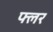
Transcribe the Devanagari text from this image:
फ्लर